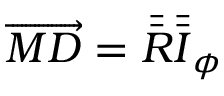
\overrightarrow { M D } = \bar { \bar { \boldsymbol { R } } } \bar { \bar { \boldsymbol { I } } } _ { \phi }